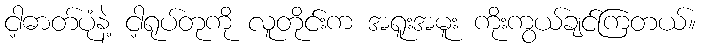
ငါ့ဓာတ်ပုံနဲ့ ငါ့ရုပ်တုကို လူတိုင်းက အရူးအမူး ကိုးကွယ်ချင်ကြတယ်။